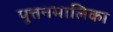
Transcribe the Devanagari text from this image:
पुत्तनमालिका